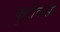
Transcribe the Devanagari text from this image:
कुटीवासः